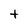
Character: t